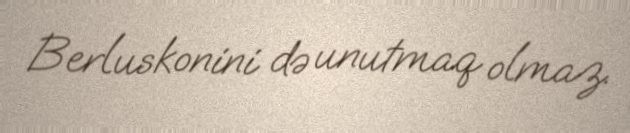
Berluskonini də unutmaq olmaz.